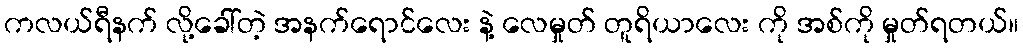
ကလယ်ရီနက် လို့ခေါ်တဲ့ အနက်ရောင်လေး နဲ့ လေမှုတ် တူရိယာလေး ကို အစ်ကို မှုတ်ရတယ်။